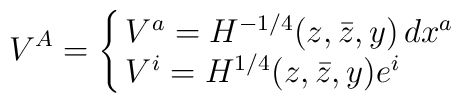
V^{A}= \cases {V^a = H^{-1/4} (z, \bar z, y) \, dx^a \cr  V^i = H^{1/4} (z, \bar z, y) e^i \cr}